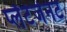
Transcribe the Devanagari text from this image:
प्लैंटेजेनट